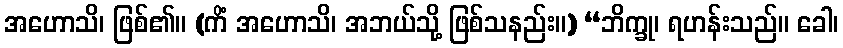
အဟောသိ၊ ဖြစ်၏။ (ကိံ အဟောသိ၊ အဘယ်သို့ ဖြစ်သနည်း။) “ဘိက္ခု၊ ရဟန်းသည်။ ခေါ၊